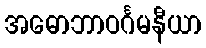
အဓောဘာဝင်္ဂမနီယာ